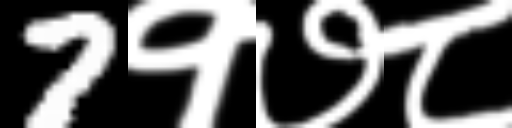
Text: 7१७८